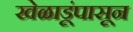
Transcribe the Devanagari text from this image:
खेळाडूंपासून